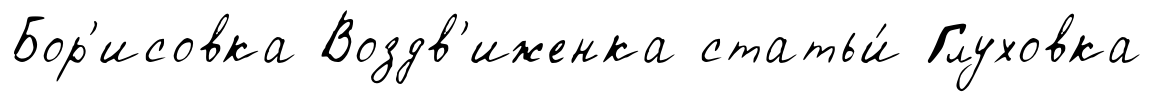
Бор'исовка Воздв'иженка статьи́ Глуховка